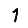
Digit: 1